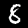
Digit: 8